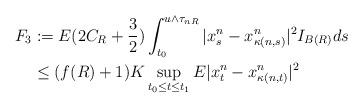
LaTeX: \begin{align*} F_3 & :=E(2C_R+\frac{3}{2})\int_{t_0}^{u \wedge \tau_{nR}}|x^n_s-x^n_{\kappa(n,s)}|^2I_{B(R)}ds \\& \leq (f(R)+1)K\sup_{t_0 \leq t \leq t_1} E|x^n_t-x^n_{\kappa(n,t)}|^2\end{align*}